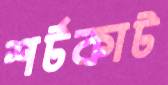
শর্টকাট